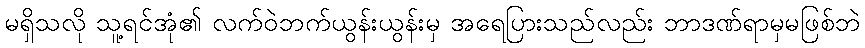
မရှိသလို သူ့ရင်အုံ၏ လက်ဝဲဘက်ယွန်းယွန်းမှ အရေပြားသည်လည်း ဘာဒဏ်ရာမှမဖြစ်ဘဲ